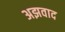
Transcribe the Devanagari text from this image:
अझवाद